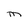
Character: m